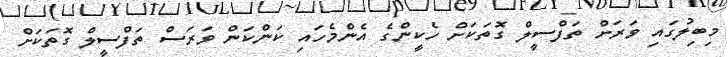
މިބިލުގައި ވަރަށް ތަފްސީލް ގޮތަކަށް ހެކީންގެ އެންމެހައި ކަންކަން ވަރަސް ތަފްސީލް ގޮތަކަށް